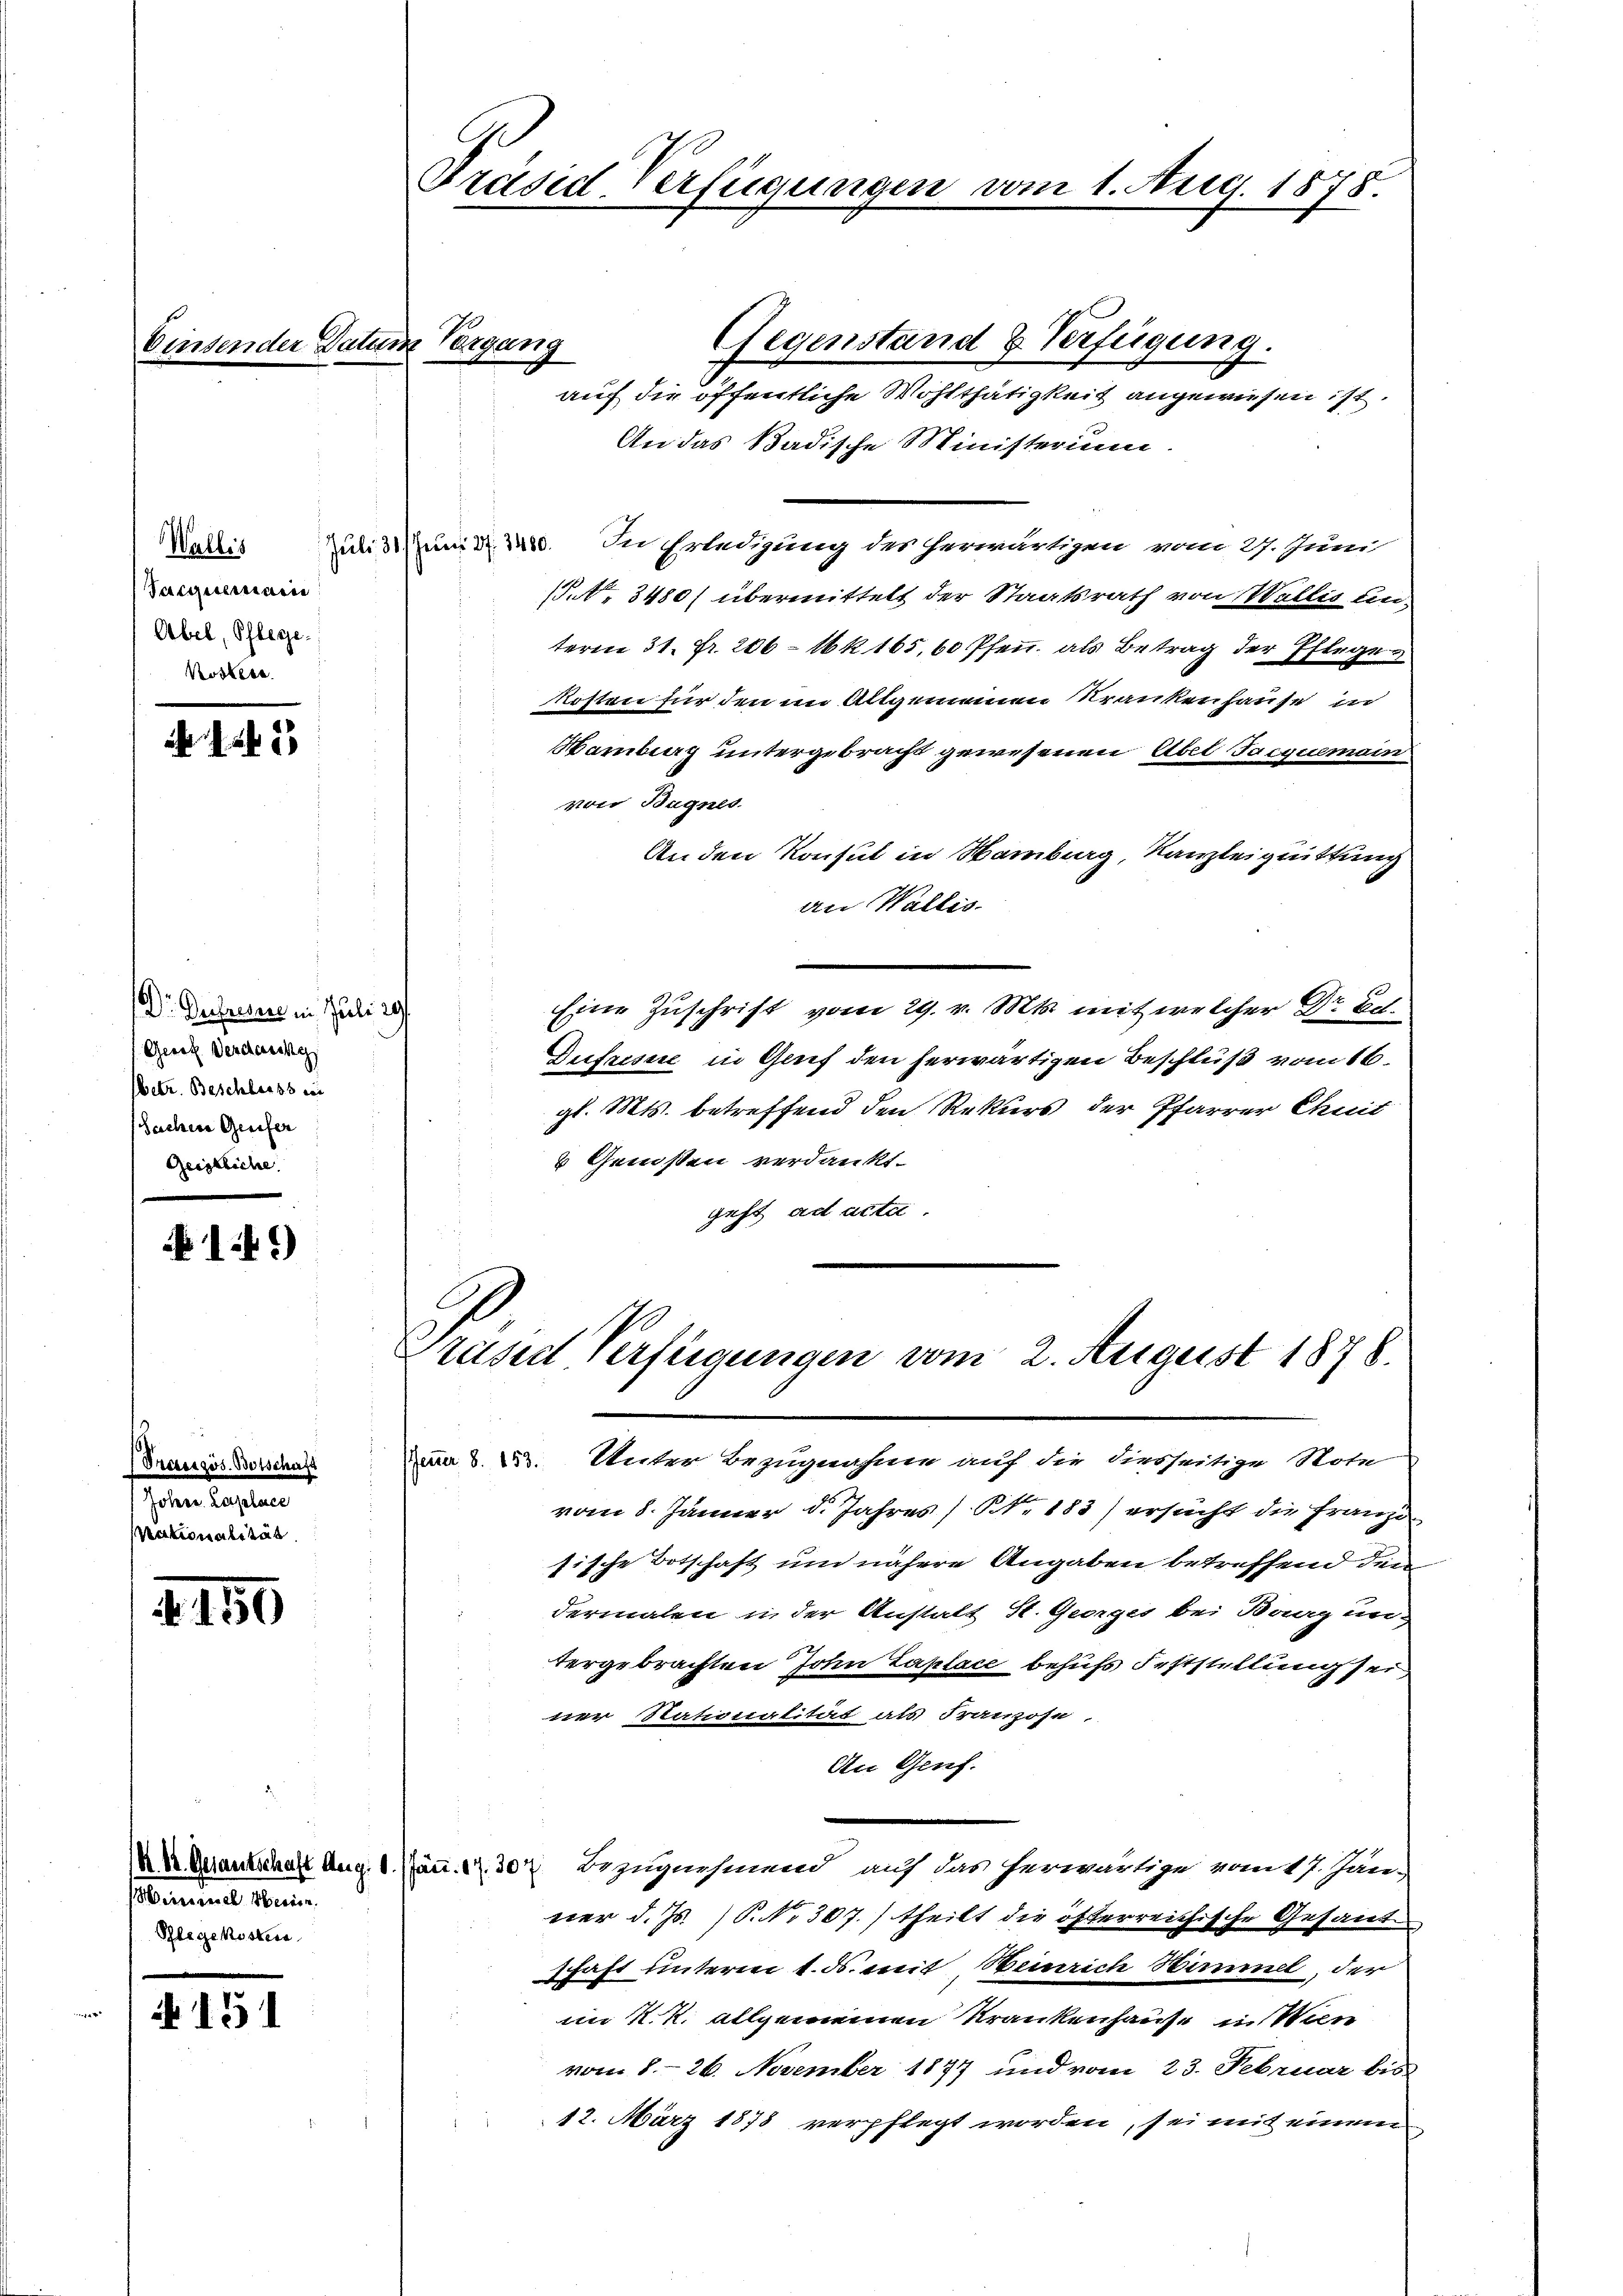
binsender Datum Vorgang

Wallis
Sacqueraine
Abel, Pflege.
Koskere

143

Dr. Befresse in Juli 29.
Geret. Verdanke
sbetr. Beschliess ein
Sachere Greifer
Geistliche

149)

Pranzös. Botschaft
Jelen lassen
prationalität

4150

eminel Anin.
Pflegekosten

151

Präsid Verfügungen vom 1. Aug. 1575.

Gegenstand & Verfügung.
auf die öffentliche Wohlthätigkeit angewiesen ist.
An das Badische Ministerium
Juli 31. Jun. 27. 3400.
In Erledigung des herwärtigen vom 27. Juni
(at. 3480) übermittelt der Staatsrath von Wallis einteren 31. Fr. 206 - 16 k 165, 60 Pfen. als Betrag der Pflege
kosten für den im Allgemeinen Krankenhause in
Mamibung untergebracht gewesenen Abel Jacquemain
von Bagnes
Anden Konsul in Hamburg, Kanzleiquittung
an Wallis.
Eine Zuschrift vom 29. v. Mts. mit welcher Dr. Ach.
Zufrisie in Genf den herwärtigen Beschluß vom 16.
gl. Mts. betreffend den Rekurs der Pfarrer Chuit
3 Genoßen verdankt.
geht ad acta.

Prased Verfügungen vom 2. August 1878.

m 8. d. Unter Bezugnahme auf die diesseitige Note
vom 8. Jänner d. Jahres / NNo. 183) ersucht die Franzi
sische Botschaft und nähere Angaben betreffend den
dermalen in der Anstalt St. Georges bei Baag un-
tergebrachten John Laplace behufs Feststellung sei
ner Nationalität als Franzose.
An Genf.
K Quantschaft Aug. 1. Jän. 17. 304 Bezugnehmend auf das herwärtige vom 17. Jän-
ner d. Js. (S. Nr. 307.) theilt die öfterreichische Gesand
schaft unterm 1. ds. mit Heinrich Nimmel, der
im k. k. allgemeinen Krankenhause in Wen
vom 8. 26. November 1877 und vom 23. Februar bis
12. März 1878 verpflegt worden, sei mit einem